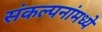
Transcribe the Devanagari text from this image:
संकल्पनांमध्ये